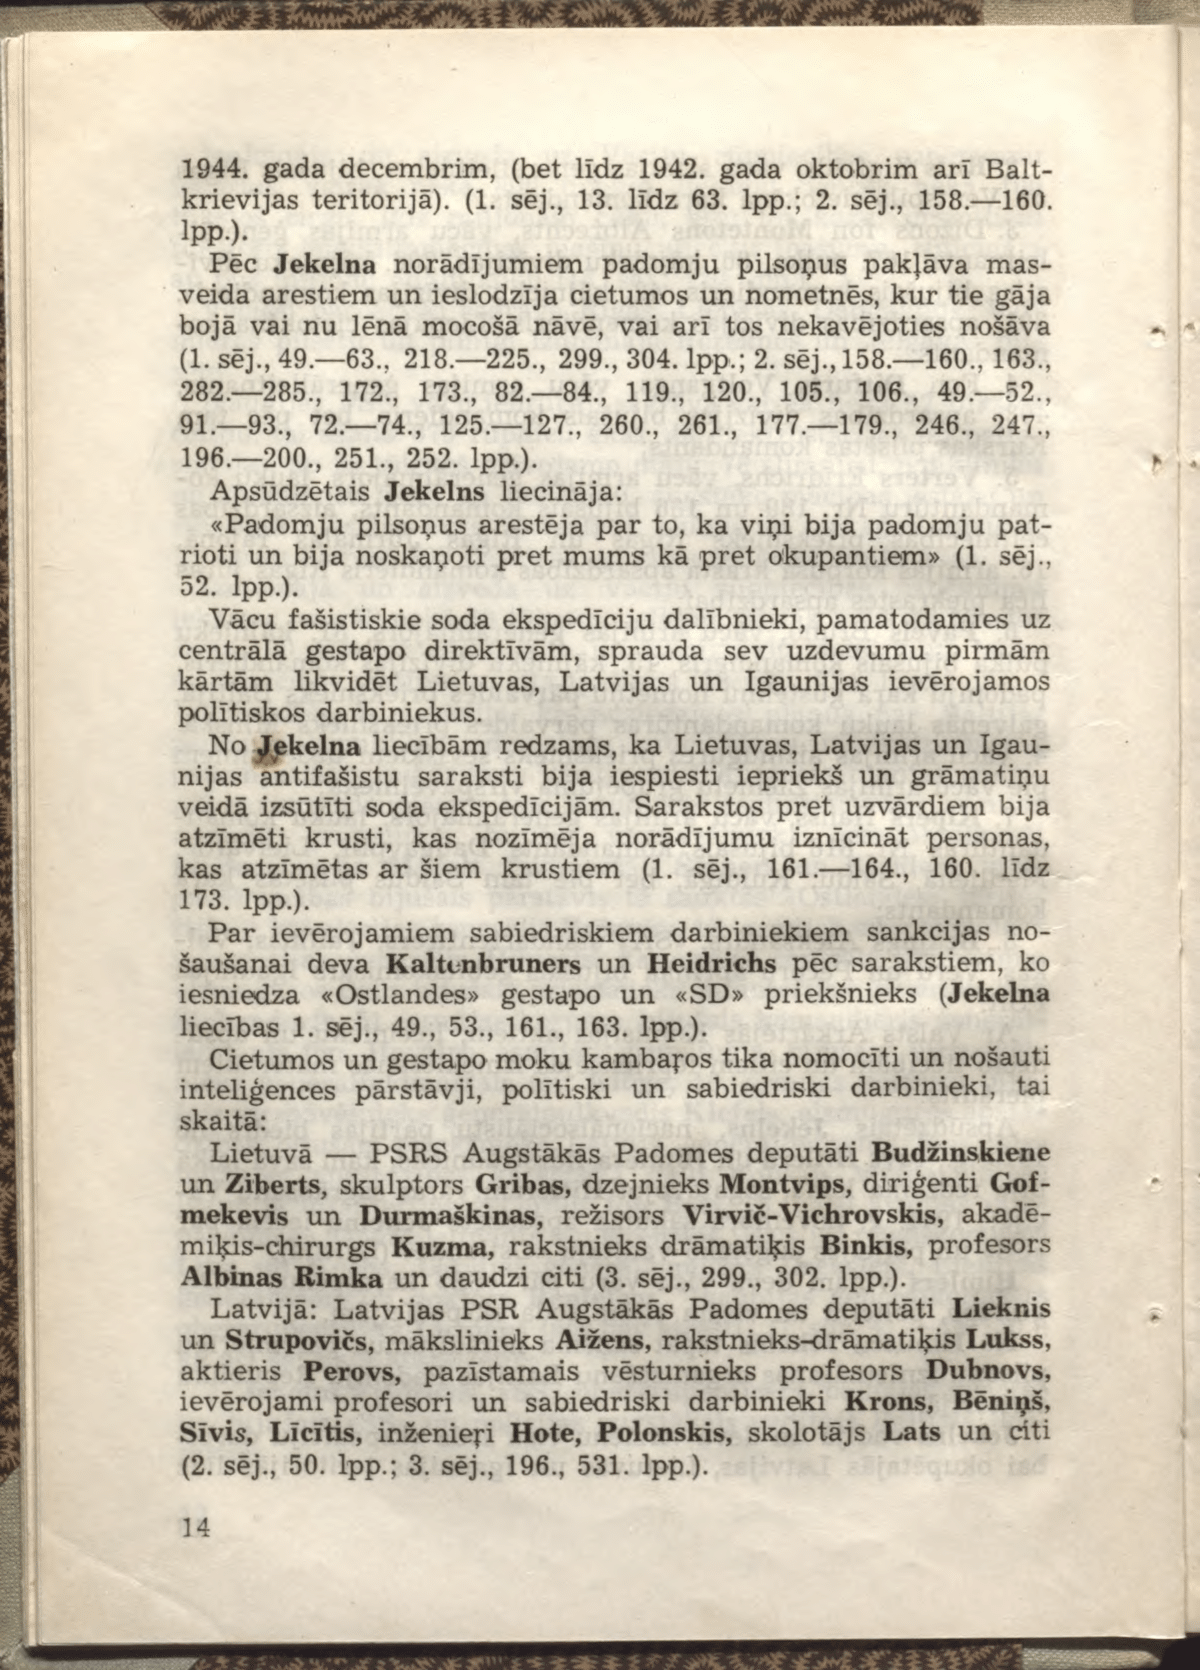
Language: lv